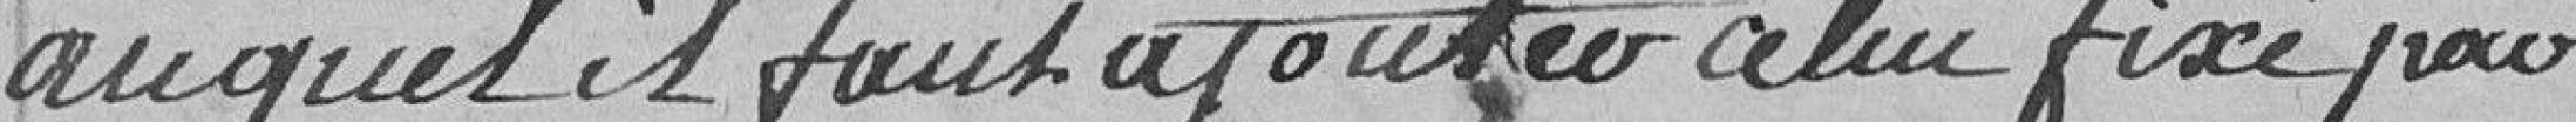
auquel il faut ajouter celui fixé par